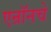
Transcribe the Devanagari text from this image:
एन्रॉनचे